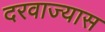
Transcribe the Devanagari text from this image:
दरवाज्यास